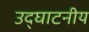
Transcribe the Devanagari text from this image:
उद्घाटनीय